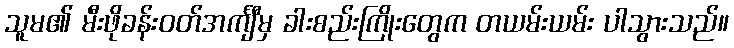
သူမ၏ မီးဖိုခန်းဝတ်အင်္ကျီမှ ခါးစည်းကြိုးတွေက တယမ်းယမ်း ပါသွားသည်။